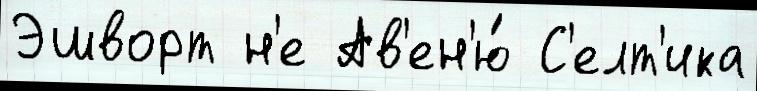
Эшворт н'е Ав'ен'ю́ С'елт'ика